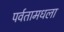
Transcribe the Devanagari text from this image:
पर्वतामधला